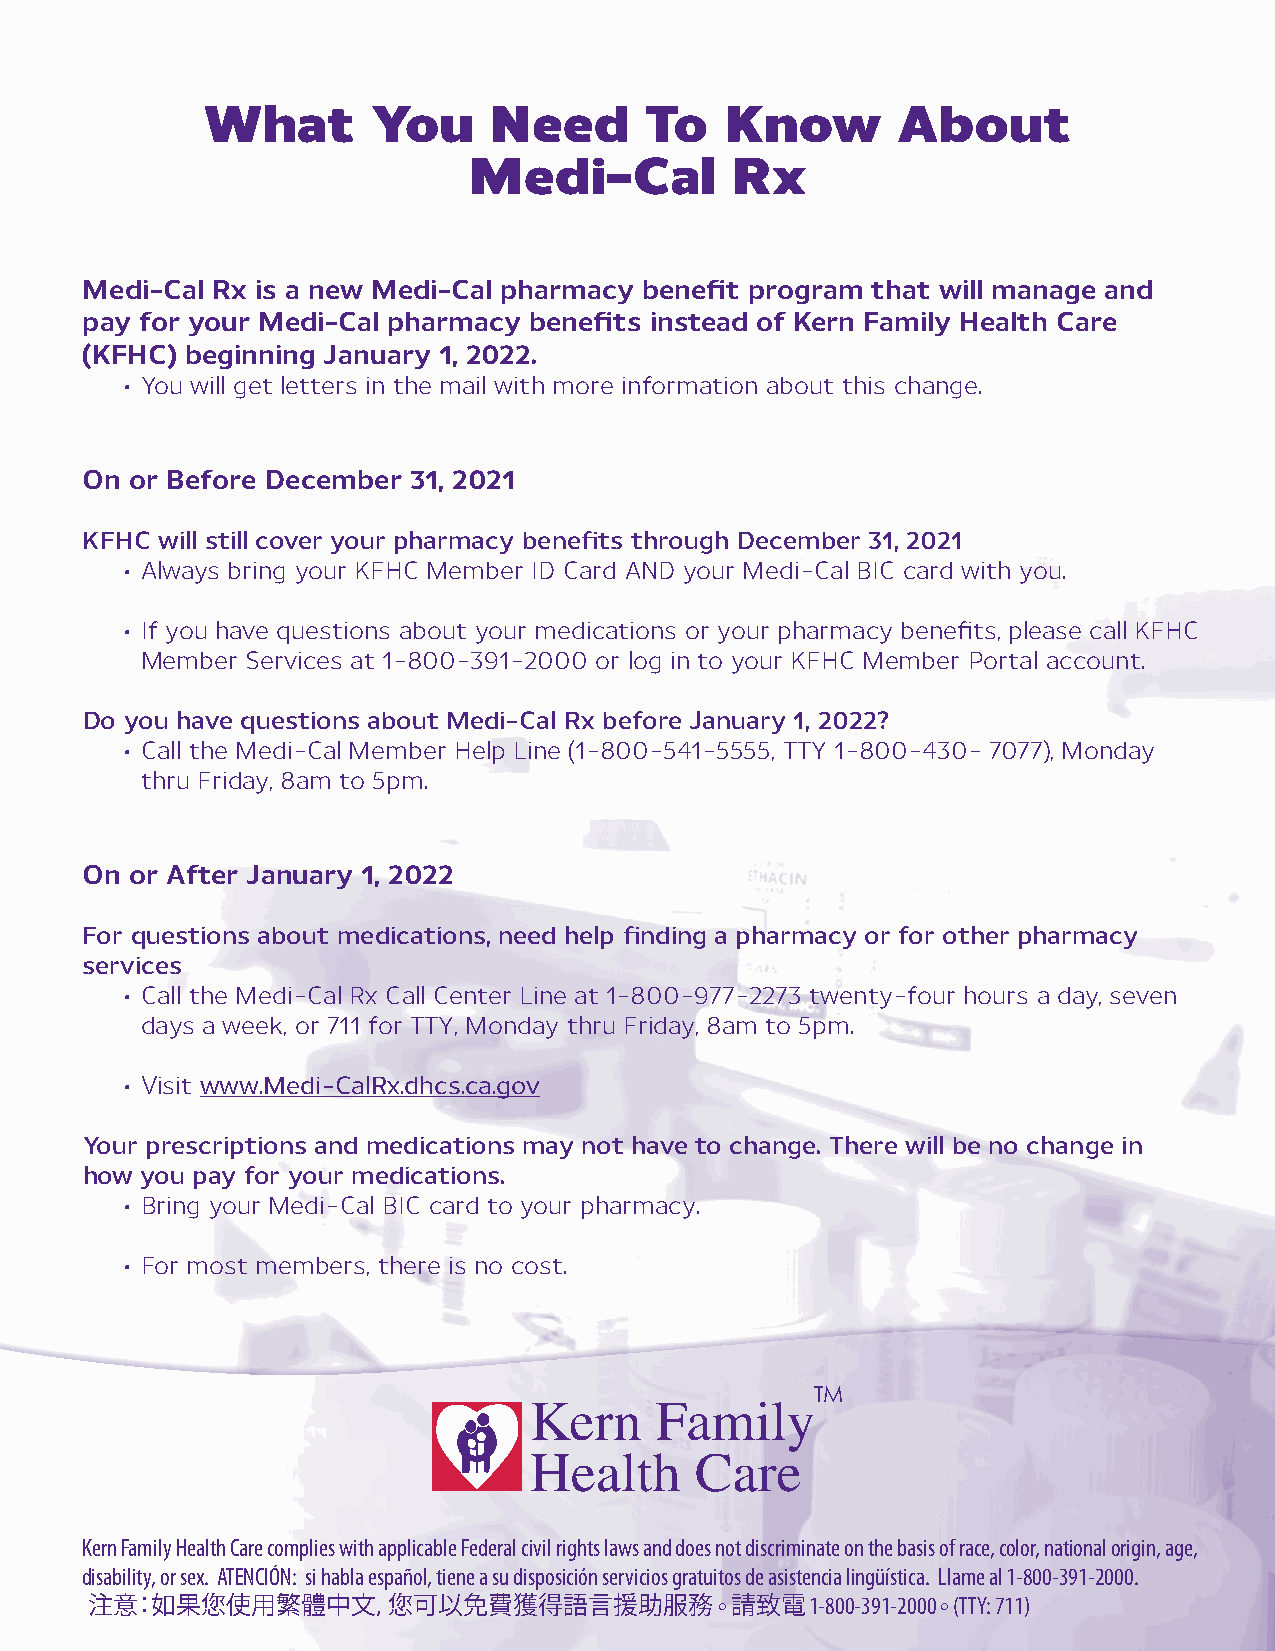
What        You    Need       To   Know       About
 Medi-Cal         Rx
 Medi-Cal Rx is a new Medi-Cal pharmacy benefit program that will manage and
 pay for your Medi-Cal pharmacy benefits instead of Kern Family Health Care
 (KFHC) beginning January 1, 2022.
 • You will get letters in the mail with more information about this change.
 On  or Before December 31, 2021
 KFHC will still cover your pharmacy benefits through December 31, 2021
 • Always bring your KFHC Member ID Card AND your Medi-Cal BIC card with you.
 • If you have questions about your medications or your pharmacy benefits, please call KFHC
 Member Services at 1-800-391-2000 or log in to your KFHC Member Portal account.
 Do you have questions about Medi-Cal Rx before January 1, 2022?
 • Call the Medi-Cal Member Help Line (1-800-541-5555, TTY 1-800-430- 7077), Monday
 thru Friday, 8am to 5pm.
 On  or After January 1, 2022
 For questions about medications, need help finding a pharmacy or for other pharmacy
 services
 • Call the Medi-Cal Rx Call Center Line at 1-800-977-2273 twenty-four hours a day, seven
 days a week, or 711 for TTY, Monday thru Friday, 8am to 5pm.
 • Visit www.Medi-CalRx.dhcs.ca.gov
 Your prescriptions and medications may not have to change. There will be no change in
 how you pay for your medications.
 • Bring your Medi-Cal BIC card to your pharmacy.
 • For most members, there is no cost.
 TM
 Kern Family Health Care complies with applicable Federal civil rights laws and does not discriminate on the basis of race, color, national origin, age,
 disability, or sex. ATENCIÓN: si habla español, tiene a su disposición servicios gratuitos de asistencia lingüística. Llame al 1-800-391-2000.
 注意：如果您使用繁體中文，您可以免費獲得語言援助服務                。請致電  1-800-391-2000 。(TTY: 711)